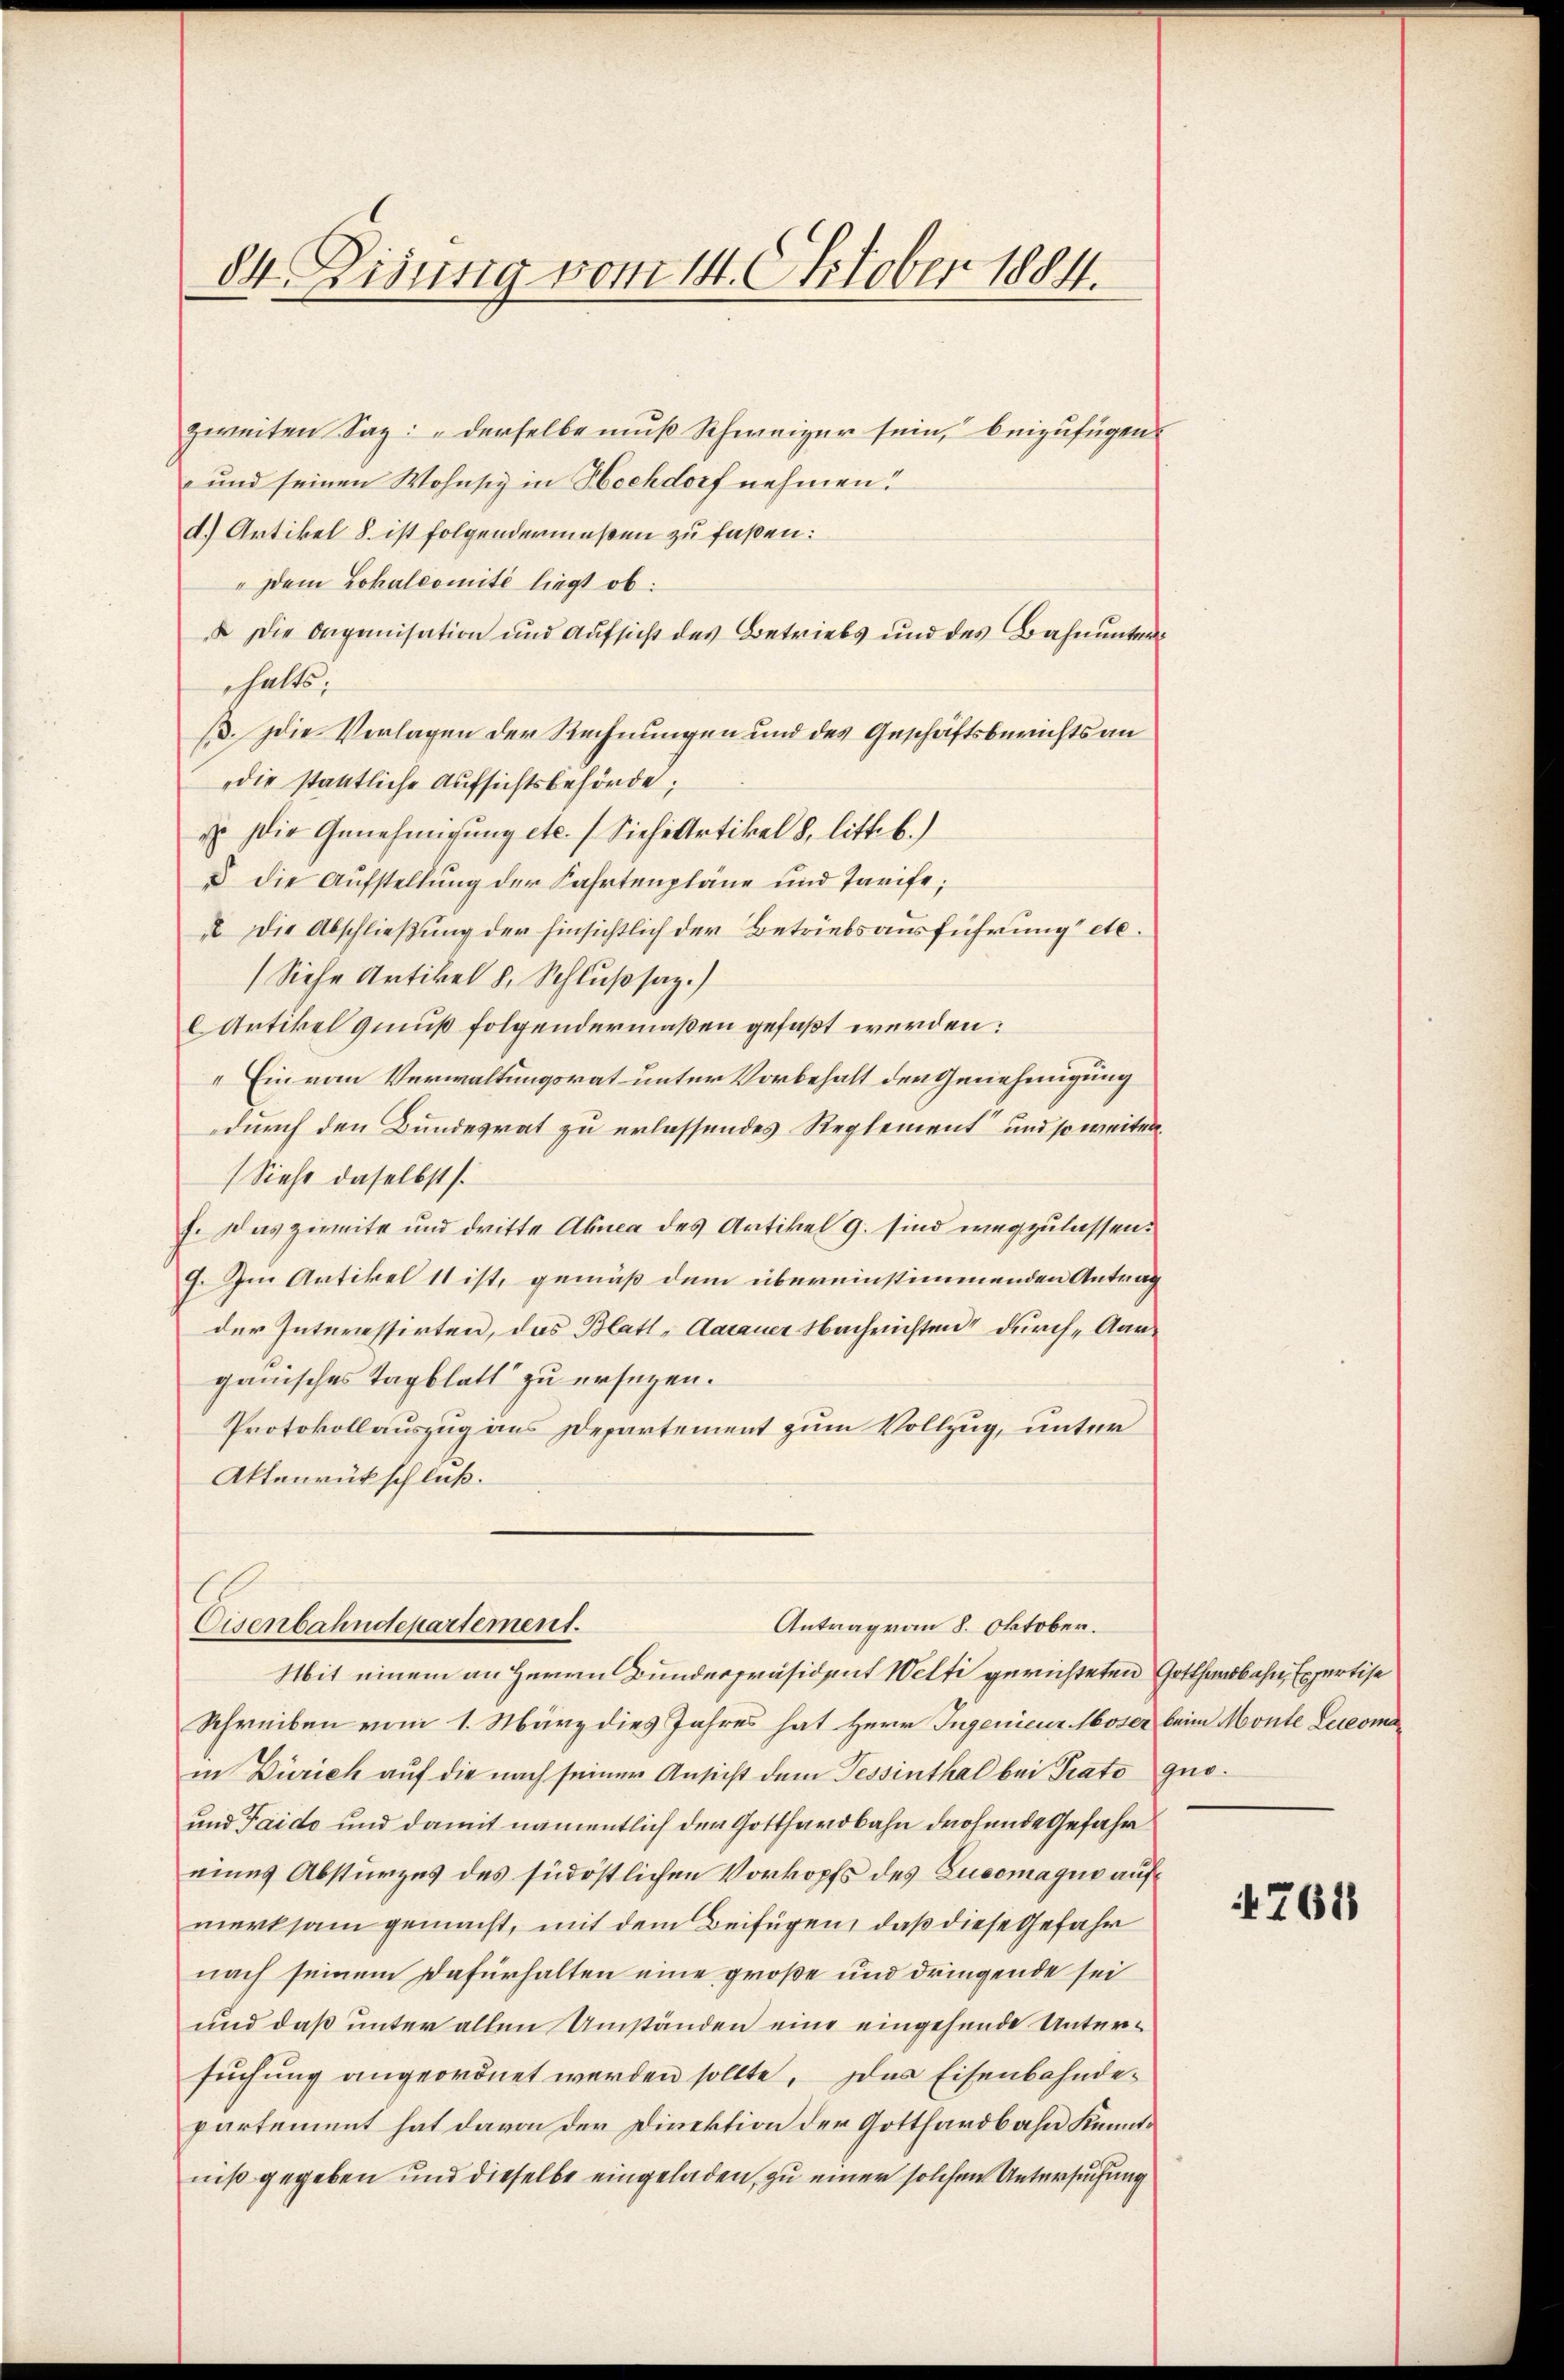
84. Eisung vom 14. Oktober 1884.

zweiten Saz: „derselbe muß Schweizer sein, beizufügen.
-und seinen Wohnsiz in Hochdorf nehmen:
d.) Artikel 8. ist folgendermaßen zu faßen:
"Dem Lokalcomité liegt ob:
 Die Organisation und Aufsicht des Betriebs und des Bahnunter
halts,
B. Die Verlagen der Rechnungen und des Geschäftsberichts an
die stantliche Aufsichtsbehörde;
 Die Genehmigung etc. (Siehe Artikel 8. litt. b.)
d die Aufstellung der Fahrtenpläne und Tarife;
 die Abschließung der hinsichtlich der Betriebsausführung etc.
(Siehe Artikel 8. Schlußsaz.)
Artikel genuß folgendermaßen gefaßt werden:
" Ein vom Verwaltungsrat unter Vorbehalt den Genehmigung
durch den Bundesrat zu erlassendes Reglement“ und so weiter¬
(Siehe daselbst
f. Das zweite und dritte Abnea des Artikel G. sind wegzulassen.
9. Im Artikel 11 ist, gemäß dem übereinstimmenden Antrag
der Interessirten, das Blatt, Aarauer Nachrichten durch Aargauisches Tagblatt zu ersezen.
Protokollauszug aus Departement zum Vollzug, unter
Aktenrückschluß.

Antrag von 8. Oktober.
Cisenbahndepartement.

Mit einem an Herrn Bunderpräsident Welti gerichteten Gotthardbahn, Expertise
Schreiben vom 1. März dies Jahres hat Herr Ingenieur Moser beim Monte Leicomain Zürich auf die nach seiner Ansicht dem Tessinthal bei Prato quo¬
und Taido und damit namentlich der Gotthardbahn drohende Gefahr
eines Absturzes des südöstlichen Vorkopfs des Zucomaquo auf
merksam gemacht, mit dem Beifügen, daß diese Gefahr
nach seinem Dafürhalten eine große und dringende sei
und daß unter allen Umständen eine eingehende Untersuchung angeordnet werden sollte. Das Eisenbahndepartement hat davon der Direktion der Gotthardbahn Kenntniß gegeben und dieselbe eingeladen, zu einer solchen Untersuchung

761